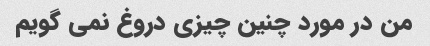
من در مورد چنین چیزی دروغ نمی گویم